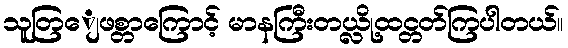
သူတြျေဖစ္တာကြောင့် မာနကြီးတယ္လို့ထင္တတ်ကြပါတယ်။